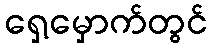
ရှေ့မှောက်တွင်